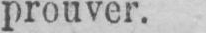
prouver.